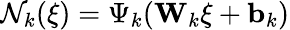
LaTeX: {\cal\mathcal{N}}_{k}(\xi)=\Psi_{k}({\mathbf{W}}_{k}\xi+{\mathbf{b}}_{k})